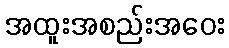
အထူးအစည်းအဝေး